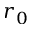
r _ { 0 }